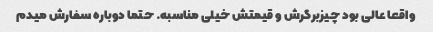
واقعا عالی بود چیزبرگرش و قیمتش خیلی مناسبه. حتما دوباره سفارش میدم